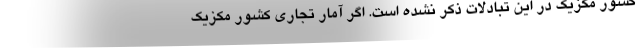
کشور مکزیک در این تبادلات ذکر نشده است. اگر آمار تجاری کشور مکزیک